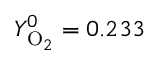
Y _ { \mathrm { O } _ { 2 } } ^ { 0 } = 0 . 2 3 3